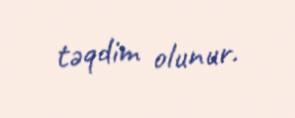
təqdim olunur.